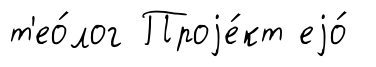
т'ео́лог Проjе́кт еjо́